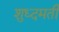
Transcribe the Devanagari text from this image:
शुध्दमती